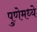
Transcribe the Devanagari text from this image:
पुणेमध्ये